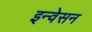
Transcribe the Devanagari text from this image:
इन्वेसन